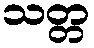
သတ္တ